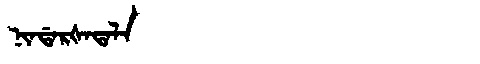
Manchu: ᠨᡳᠨᡩᠠᡵᡧᠠᡨᠠᠯᠠ
Romanization: NINDARŠATALA